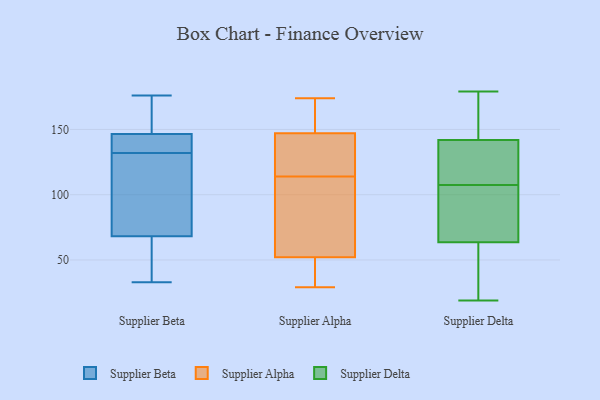
{"axis": {"x": "Tickets Resolved", "y": "Value"}, "legend": ["Supplier Alpha", "Supplier Beta", "Supplier Delta"], "data": [{"x": "", "y": 45, "type": "Supplier Beta"}, {"x": "", "y": 123, "type": "Supplier Beta"}, {"x": "", "y": 132, "type": "Supplier Beta"}, {"x": "", "y": 135, "type": "Supplier Beta"}, {"x": "", "y": 106, "type": "Supplier Beta"}, {"x": "", "y": 48, "type": "Supplier Beta"}, {"x": "", "y": 175, "type": "Supplier Beta"}, {"x": "", "y": 132, "type": "Supplier Beta"}, {"x": "", "y": 148, "type": "Supplier Beta"}, {"x": "", "y": 142, "type": "Supplier Beta"}, {"x": "", "y": 84, "type": "Supplier Beta"}, {"x": "", "y": 33, "type": "Supplier Beta"}, {"x": "", "y": 176, "type": "Supplier Beta"}, {"x": "", "y": 158, "type": "Supplier Beta"}, {"x": "", "y": 63, "type": "Supplier Beta"}, {"x": "", "y": 29, "type": "Supplier Alpha"}, {"x": "", "y": 142, "type": "Supplier Alpha"}, {"x": "", "y": 127, "type": "Supplier Alpha"}, {"x": "", "y": 174, "type": "Supplier Alpha"}, {"x": "", "y": 101, "type": "Supplier Alpha"}, {"x": "", "y": 147, "type": "Supplier Alpha"}, {"x": "", "y": 63, "type": "Supplier Alpha"}, {"x": "", "y": 52, "type": "Supplier Alpha"}, {"x": "", "y": 155, "type": "Supplier Alpha"}, {"x": "", "y": 50, "type": "Supplier Alpha"}, {"x": "", "y": 179, "type": "Supplier Delta"}, {"x": "", "y": 19, "type": "Supplier Delta"}, {"x": "", "y": 117, "type": "Supplier Delta"}, {"x": "", "y": 164, "type": "Supplier Delta"}, {"x": "", "y": 64, "type": "Supplier Delta"}, {"x": "", "y": 35, "type": "Supplier Delta"}, {"x": "", "y": 72, "type": "Supplier Delta"}, {"x": "", "y": 142, "type": "Supplier Delta"}, {"x": "", "y": 117, "type": "Supplier Delta"}, {"x": "", "y": 142, "type": "Supplier Delta"}, {"x": "", "y": 98, "type": "Supplier Delta"}, {"x": "", "y": 63, "type": "Supplier Delta"}]}